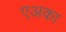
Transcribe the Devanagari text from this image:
एअका